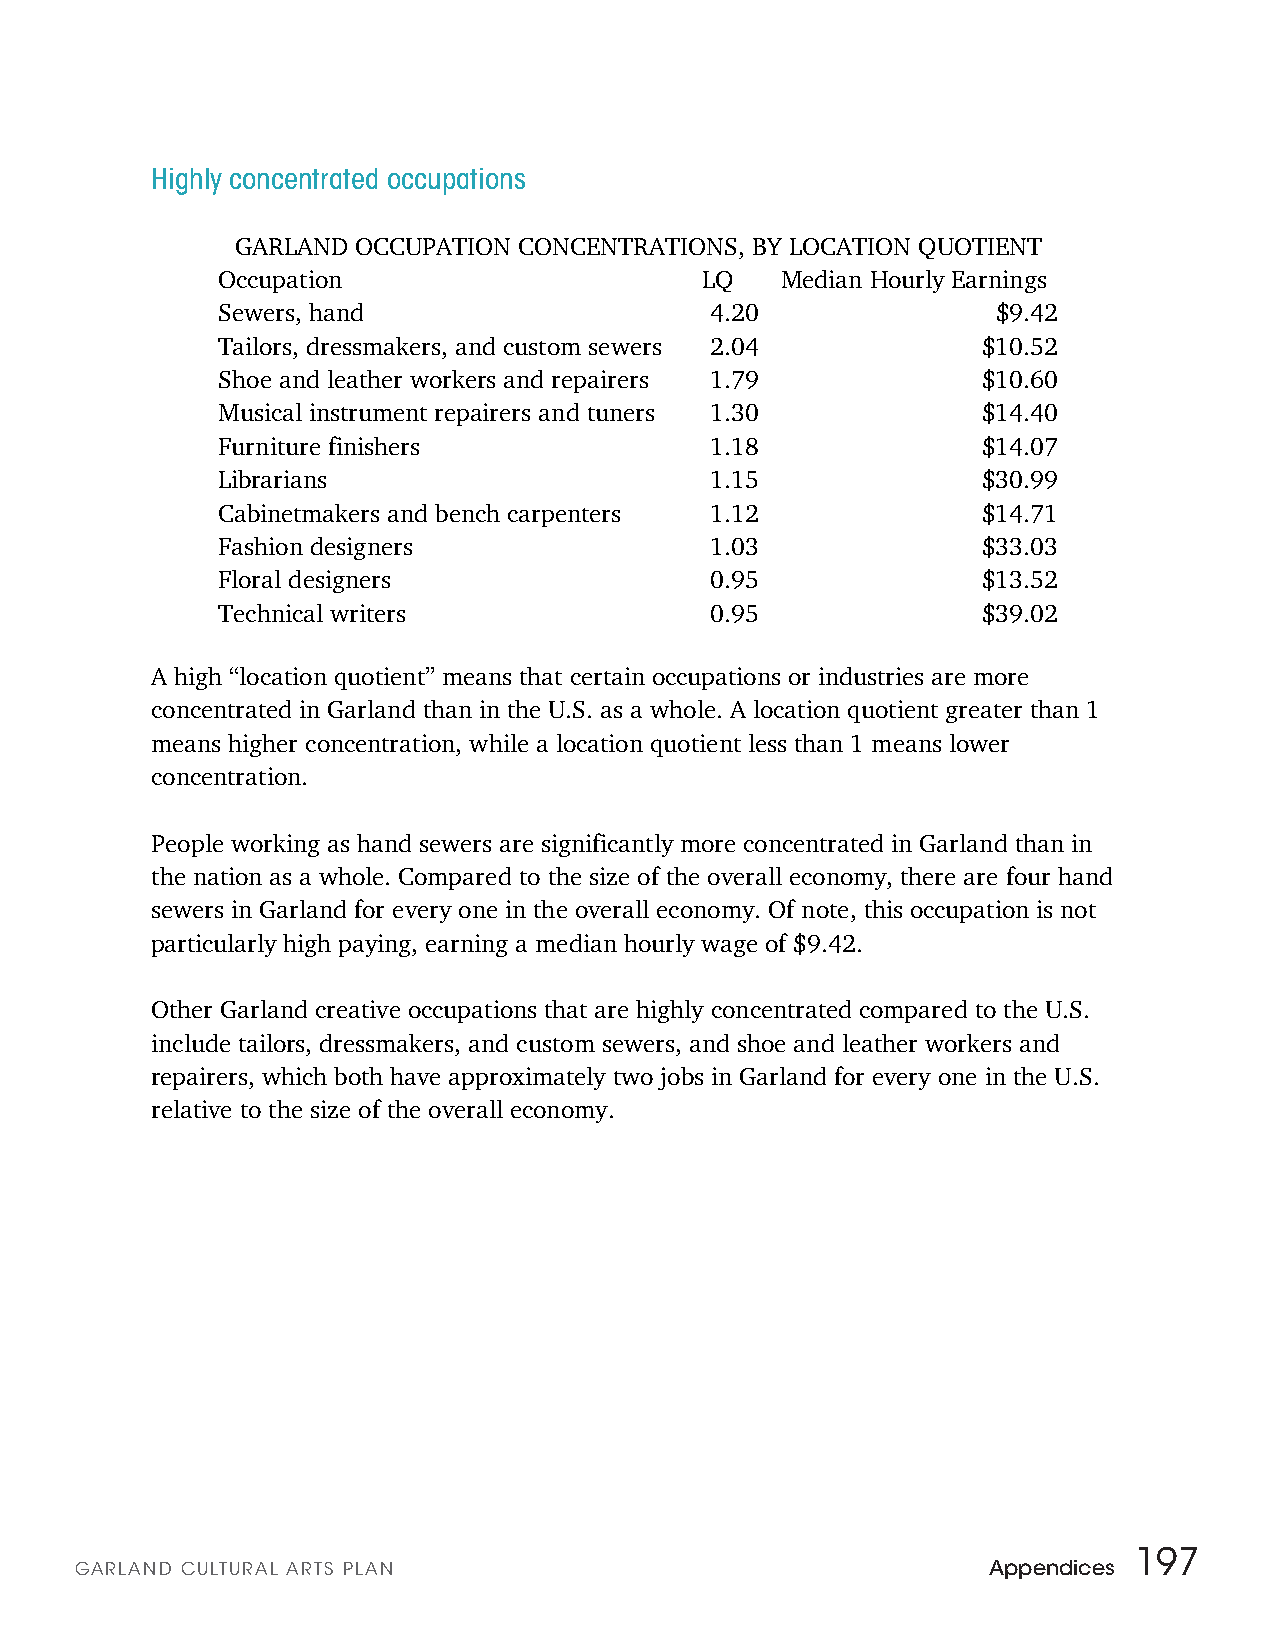
Highly concentrated occupations
 GARLAND OCCUPATION CONCENTRATIONS, BY LOCATION QUOTIENT
 Occupation                      LQ    Median Hourly Earnings
 Sewers, hand                     4.20               $9.42
 Tailors, dressmakers, and custom sewers 2.04       $10.52
 Shoe and leather workers and repairers 1.79        $10.60
 Musical instrument repairers and tuners 1.30       $14.40
 Furniture finishers              1.18              $14.07
 Librarians                       1.15              $30.99
 Cabinetmakers and bench carpenters 1.12            $14.71
 Fashion designers                1.03              $33.03
 Floral designers                 0.95              $13.52
 Technical writers                0.95              $39.02
 A high “location quotient” means that certain occupations or industries are more
 concentrated in Garland than in the U.S. as a whole. A location quotient greater than 1
 means higher concentration, while a location quotient less than 1 means lower
 concentration.
 People working as hand sewers are significantly more concentrated in Garland than in
 the nation as a whole. Compared to the size of the overall economy, there are four hand
 sewers in Garland for every one in the overall economy. Of note, this occupation is not
 particularly high paying, earning a median hourly wage of $9.42.
 Other Garland creative occupations that are highly concentrated compared to the U.S.
 include tailors, dressmakers, and custom sewers, and shoe and leather workers and
 repairers, which both have approximately two jobs in Garland for every one in the U.S.
 relative to the size of the overall economy.
 197
 GARLAN D CULTURAL ARTS PLAN                                 Appendices